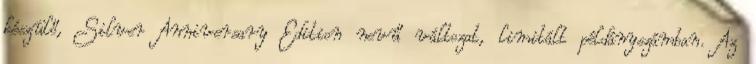
készülő, Silver Anniversary Edition nevű változat, limitált példányszámban. Az